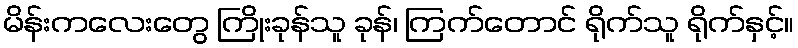
မိန်းကလေးတွေ ကြိုးခုန်သူ ခုန်၊ ကြက်တောင် ရိုက်သူ ရိုက်နှင့်။